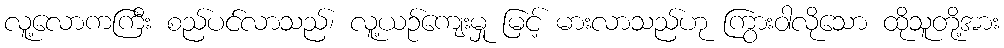
လူ့လောကကြီး စည်ပင်လာသည်၊ လူ့ယဉ်ကျေးမှု မြင့် မားလာသည်ဟု ကြွားဝါလိုသော ထိုသူတို့အား